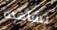
نشاهده